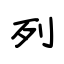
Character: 列